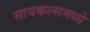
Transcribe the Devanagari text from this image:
सायकल्समध्ये